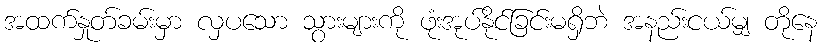
အထက်နှုတ်ခမ်းမှာ လှပသော သွားများကို ဖုံးအုပ်နိုင်ခြင်းမရှိဘဲ အနည်းငယ်မျှ တိုနေ